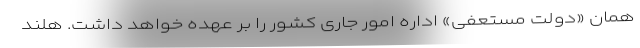
همان «دولت مستعفی» اداره امور جاری کشور را بر عهده خواهد داشت. هلند